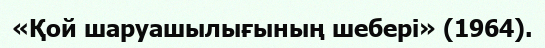
«Қой шаруашылығының шебері» (1964).